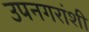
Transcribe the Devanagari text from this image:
उपनगरांशी